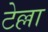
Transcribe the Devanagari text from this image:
टेल्ला